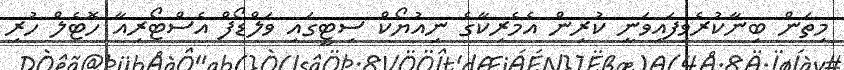
މިތަން ބިނާކުރެވިފައިވަނީ ކުރިން އެމެރިކާގެ ނިއުޔޯކް ސިޓީގައި ވަލްޑޯފް އެސްޓޯރިއާ ހޮޓެލް ހުރި